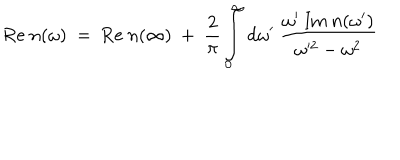
\mathrm { R e } \ n ( \omega ) \ = \ \mathrm { R e } \ n ( \infty ) \ + \ \frac { 2 } { \pi } \int _ { 0 } ^ { \infty } \mathrm { d } \omega ^ { \prime } \ \frac { \omega ^ { \prime } \ \mathrm { I m } \ n ( \omega ^ { \prime } ) } { \omega ^ { \prime 2 } - \omega ^ { 2 } }